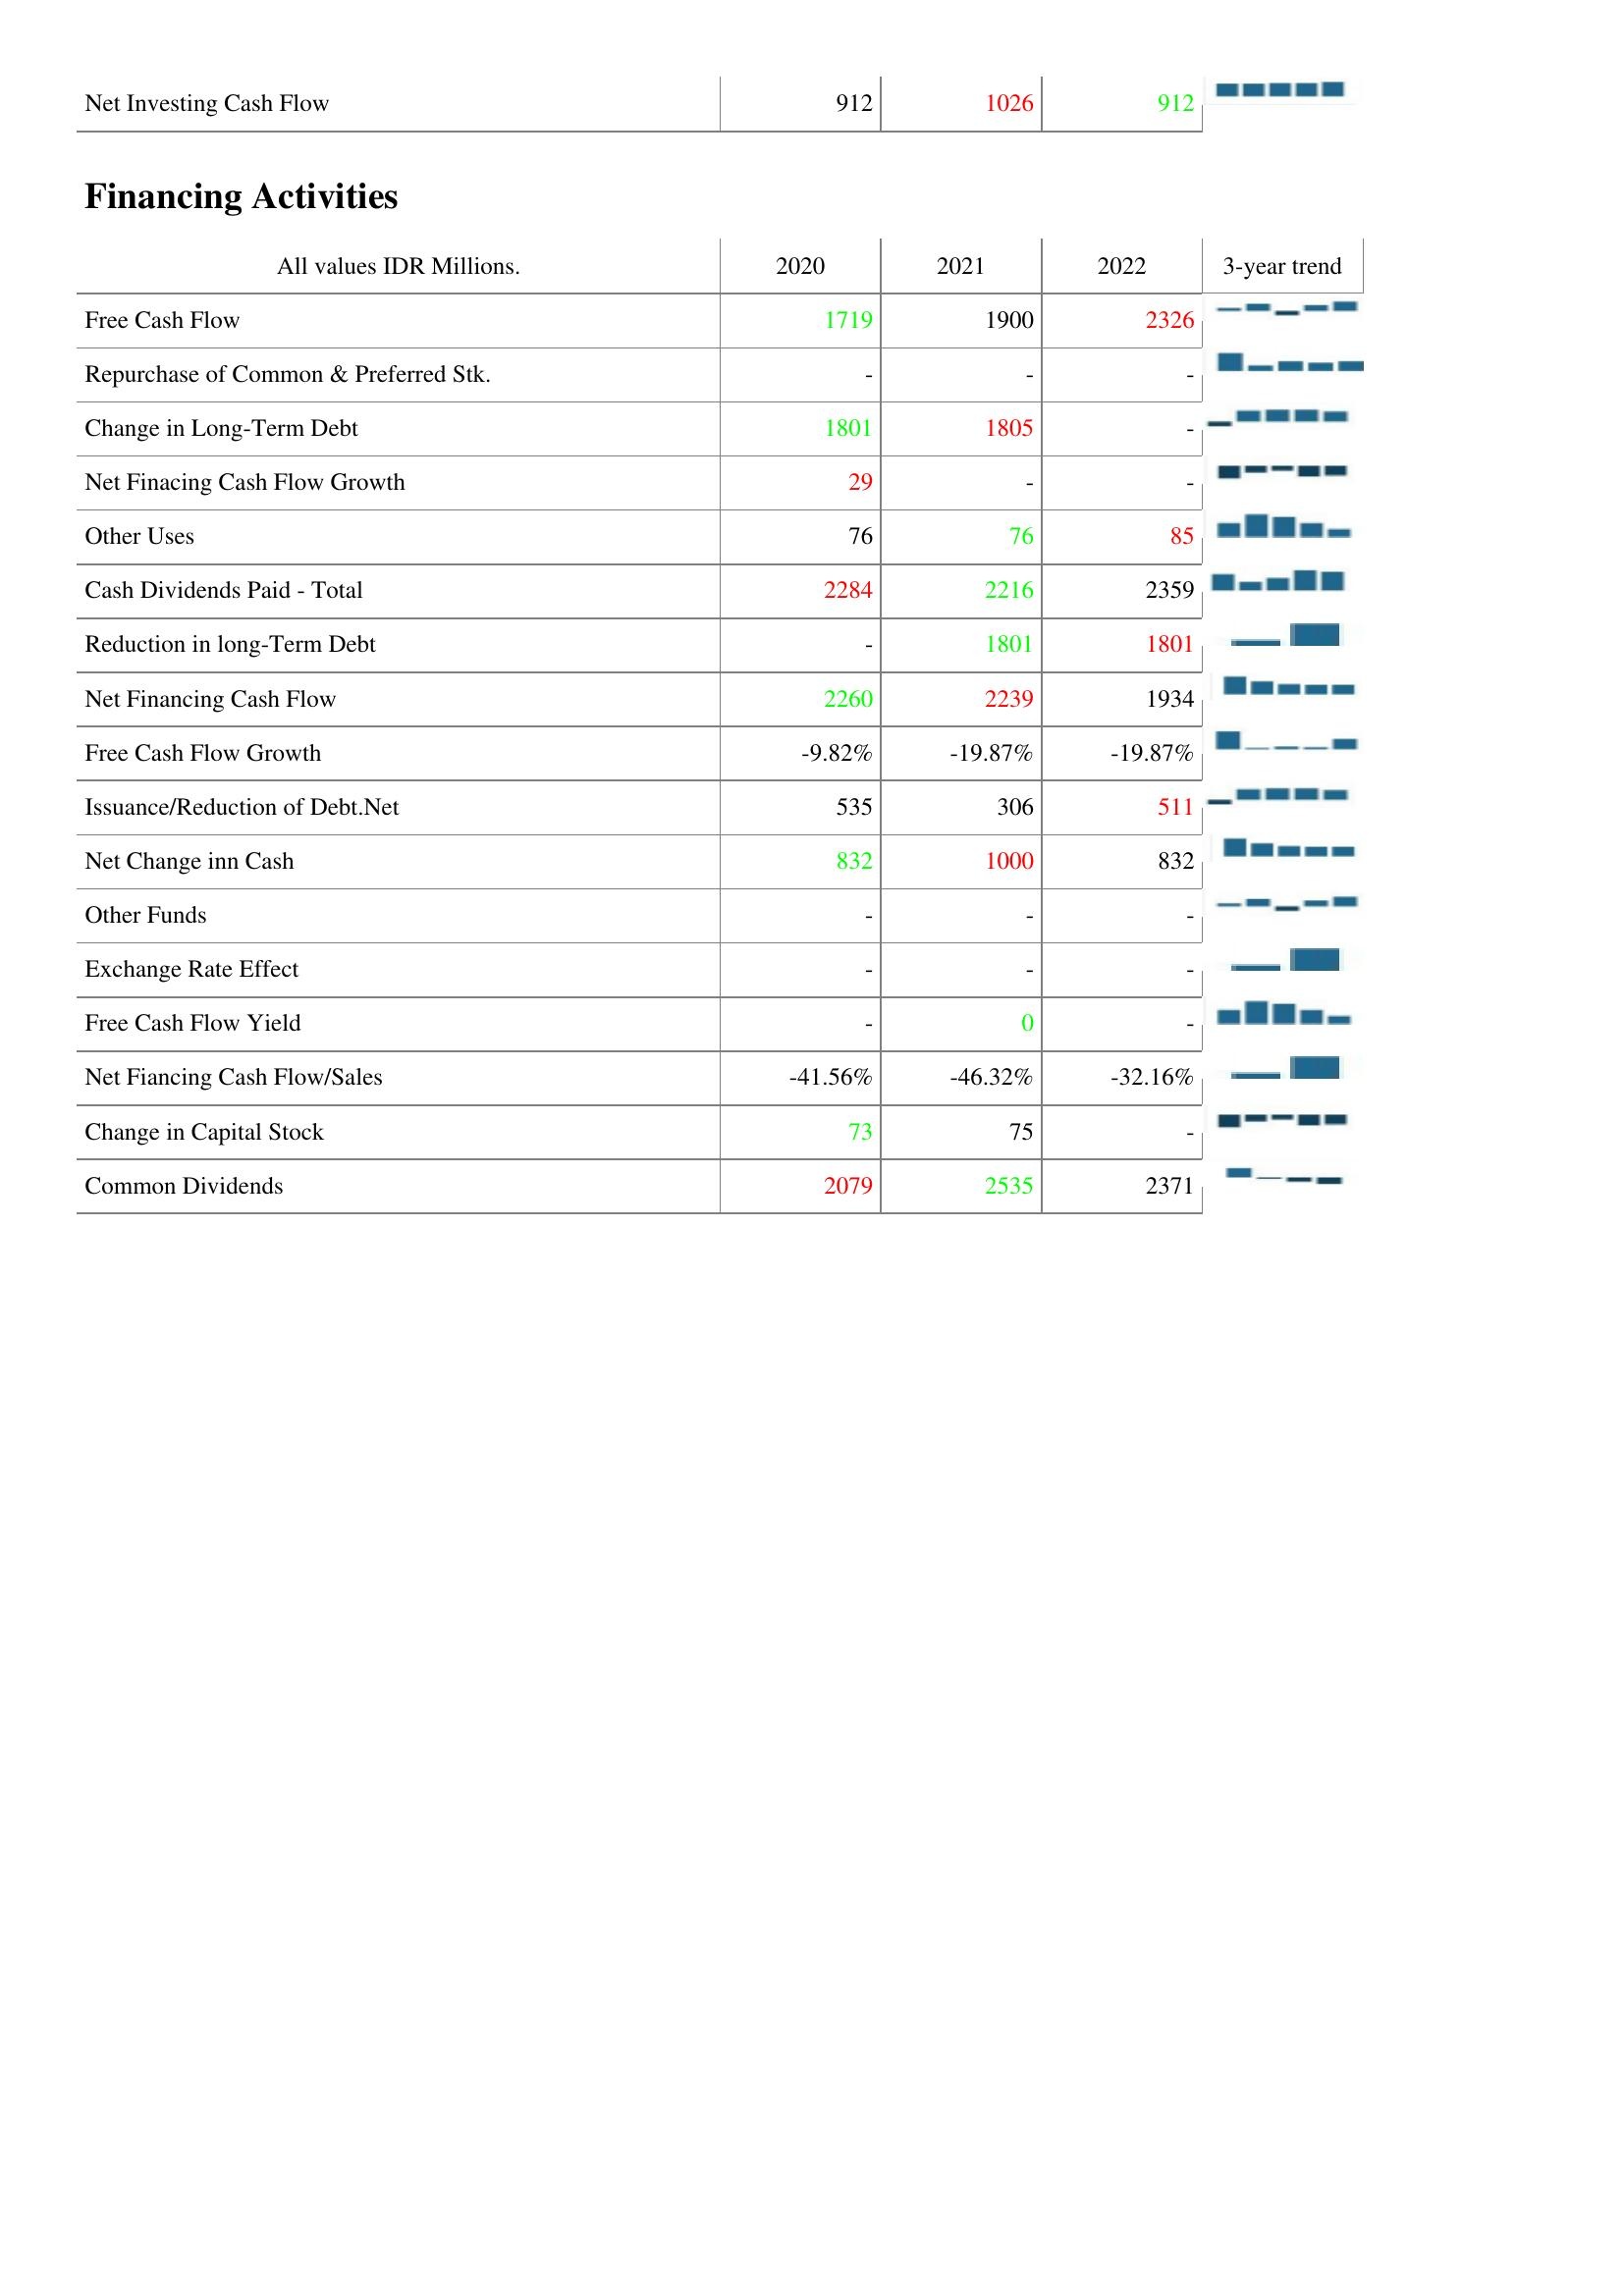
2020: Investing Activities: Net Investing Cash Flow: 912
Financing Activities: Free Cash Flow: 1719
Repurchase of Common & Preferred Stk.: -
Change in Long-Term Debt: 1801
Net Finacing Cash Flow Growth: 29
Other Uses: 76
Cash Dividends Paid - Total: 2284
Reduction in long-Term Debt: -
Net Financing Cash Flow: 2260
Free Cash Flow Growth: -9.82%
Issuance/Reduction of Debt.Net: 535
Net Change inn Cash: 832
Other Funds: -
Exchange Rate Effect: -
Free Cash Flow Yield: -
Net Fiancing Cash Flow/Sales: -41.56%
Change in Capital Stock: 73
Common Dividends: 2079
2021: Investing Activities: Net Investing Cash Flow: 1026
Financing Activities: Free Cash Flow: 1900
Repurchase of Common & Preferred Stk.: -
Change in Long-Term Debt: 1805
Net Finacing Cash Flow Growth: -
Other Uses: 76
Cash Dividends Paid - Total: 2216
Reduction in long-Term Debt: 1801
Net Financing Cash Flow: 2239
Free Cash Flow Growth: -19.87%
Issuance/Reduction of Debt.Net: 306
Net Change inn Cash: 1000
Other Funds: -
Exchange Rate Effect: -
Free Cash Flow Yield: 0
Net Fiancing Cash Flow/Sales: -46.32%
Change in Capital Stock: 75
Common Dividends: 2535
2022: Investing Activities: Net Investing Cash Flow: 912
Financing Activities: Free Cash Flow: 2326
Repurchase of Common & Preferred Stk.: -
Change in Long-Term Debt: -
Net Finacing Cash Flow Growth: -
Other Uses: 85
Cash Dividends Paid - Total: 2359
Reduction in long-Term Debt: 1801
Net Financing Cash Flow: 1934
Free Cash Flow Growth: -19.87%
Issuance/Reduction of Debt.Net: 511
Net Change inn Cash: 832
Other Funds: -
Exchange Rate Effect: -
Free Cash Flow Yield: -
Net Fiancing Cash Flow/Sales: -32.16%
Change in Capital Stock: -
Common Dividends: 2371